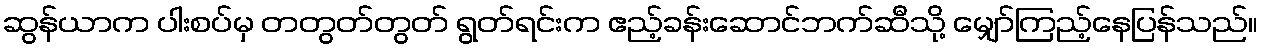
ဆွန်ယာက ပါးစပ်မှ တတွတ်တွတ် ရွတ်ရင်းက ဧည့်ခန်းဆောင်ဘက်ဆီသို့ မျှော်ကြည့်နေပြန်သည်။